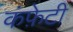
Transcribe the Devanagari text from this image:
कंफ़ेटी